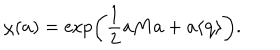
\chi ( { \bf a } ) = \exp \left( \frac 1 2 { \bf a } { \bf M } { \bf a } + { \bf a } \langle { \bf q } \rangle \right) .